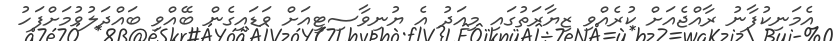
އެމަނިކުފާނު ރާއްޖެއަށް ކުރެއްވި ޒިޔާރަތުގައި މިއަދު އެ ޔުނިވާސިޓީއަށް ވަޑައިގެން ބޭއްވި ބައްދަލުވުމަށްފަހު